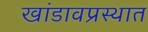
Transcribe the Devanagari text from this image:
खांडावप्रस्थात